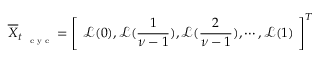
\overline { { \boldsymbol X } } _ { t _ { \mathrm { ~ \tiny ~ c ~ y ~ c ~ } } } = \left[ ~ \mathcal L ( 0 ) , \mathcal L ( \frac { 1 } { \boldsymbol \nu - 1 } ) , \mathcal L ( \frac { 2 } { \boldsymbol \nu - 1 } ) , \cdots , \mathcal L ( 1 ) ~ \right] ^ { T }